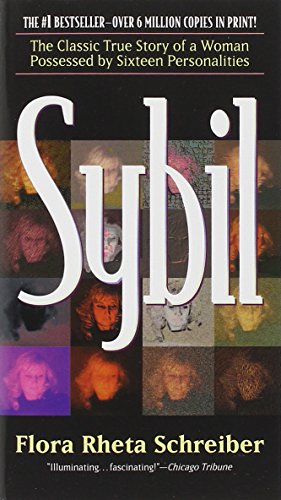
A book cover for Sybil; Flora Rheta Schreiber; Medical Books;